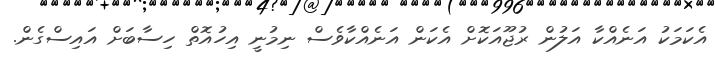
އެކަމަކު އަނެއްކާ އަލުން ރުޖޫއަކޮށް އެކަން އަނެއްކާވެސް ނިމުނީ އިހުއޮތް ހިސާބަށް އައިސްގެން.